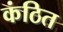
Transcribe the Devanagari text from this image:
कंठित